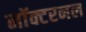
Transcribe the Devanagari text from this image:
नॉक्टरनल